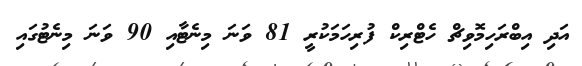
އަދި އިބްރަހިމޮވިޗް ހެޓްރިކް ފުރިހަމަކުރީ 81 ވަނަ މިނެޓާއި 90 ވަނަ މިނެޓުގައި